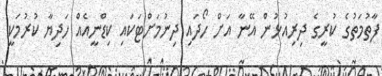
ފާތުމަތުގެ ކުރީގެ ދިރިއުޅުން އޭނާ އަށް ހޯދައި ދިނުމަށްޓަކައި ކިޑްނީއެއް ހަދިޔާ ކުރުމަކީ